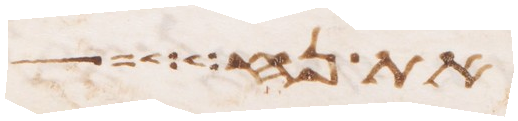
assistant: את נח